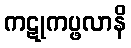
ကဋုကပ္ဖလာနိ